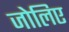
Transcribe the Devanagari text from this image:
जोलिए